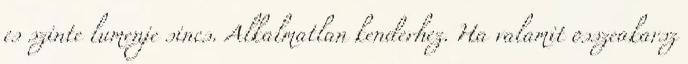
es szinte lumenje sincs. Alkalmatlan kenderhez. Ha valamit osszeakarsz